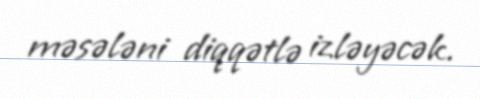
məsələni diqqətlə izləyəcək.